Annual report of the Madras Medical College
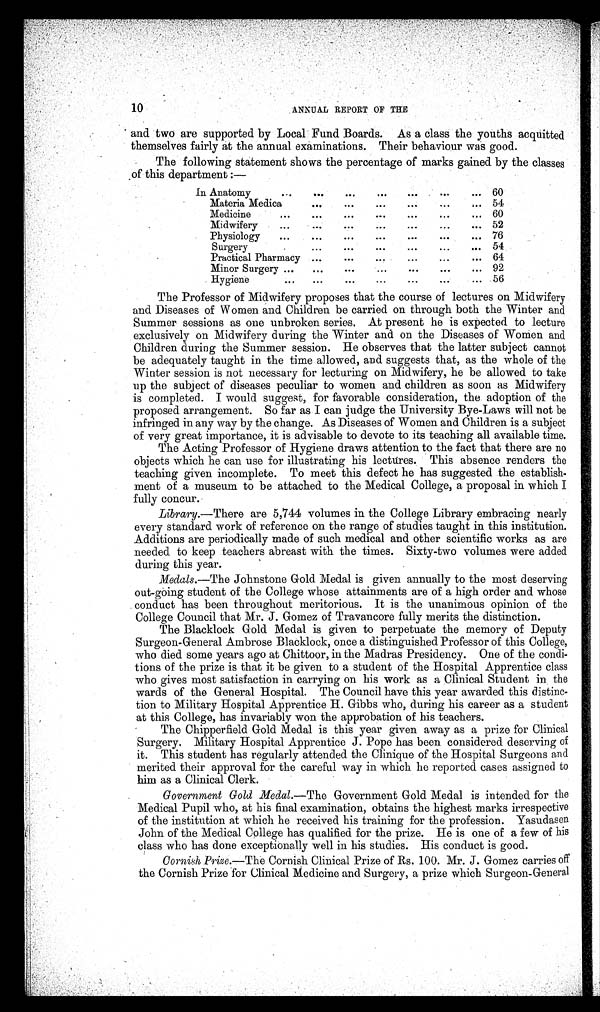
10
ANNUAL REPORT OF THE
and two are supported by Local Fund Boards. As a class the youths acquitted
themselves fairly at the annual examinations. Their behaviour was good.
The following statement shows the percentage of marks gained by the classes
of this department:—
In Anatomy
60
Materia Medica
54
Medicine
60
Midwifery
52
Physiology
76
Surgery
54
Practical Pharmacy
64
Minor Surgery
92
Hygiene
56
The Professor of Midwifery proposes that the course of lectures on Midwifery
and Diseases of Women and Children be carried on through both the Winter and
Summer sessions as one unbroken series. At present he is expected to lecture
exclusively on Midwifery during the Winter and on the Diseases of Women and
Children during the Summer session. He observes that the latter subject cannot
be adequately taught in the time allowed, and suggests that, as the whole of the
Winter session is not necessary for lecturing on Midwifery, he be allowed to take
up the subject of diseases peculiar to women and children as soon as Midwifery
is completed. I would suggest, for favorable consideration, the adoption of the
proposed arrangement. So far as I can judge the University Bye-Laws will not be
infringed in any way by the change. As Diseases of Women and Children is a subject
of very great importance, it is advisable to devote to its teaching all available time.
The Acting Professor of Hygiene draws attention to the fact that there are no
objects which he can use for illustrating his lectures. This absence renders the
teaching given incomplete. To meet this defect he has suggested the establish
ment of a museum to be attached to the Medical College, a proposal in which I
fully concur.
Library.—There are 5,744 volumes in the College Library embracing nearly
every standard work of reference on the range of studies taught in this institution.
Additions are periodically made of such medical and other scientific works as are
needed to keep teachers abreast with the times. Sixty-two volumes were added
during this year.
Medals.—The Johnstone Gold Medal is given annually to the most deserving
out-going student of the College whose attainments are of a high order and whose
conduct has been throughout meritorious. It is the unanimous opinion of the
College Council that Mr. J. Gomez of Travancore fully merits the distinction.
The Blacklock Gold Medal is given to perpetuate the memory of Deputy
Surgeon-General Ambrose Blacklock, once a distinguished Professor of this College,
who died some years ago at Chittoor, in the Madras Presidency. One of the condi
tions of the prize is that it be given to a student of the Hospital Apprentice class
who gives most satisfaction in carrying on his work as a Clinical Student in the
wards of the General Hospital. The Council have this year awarded this distinc
tion to Military Hospital Apprentice H. Gibbs who, during his career as a student
at this College, has invariably won the approbation of his teachers.
The Chipperfield Gold Medal is this year given away as a prize for Clinical
Surgery, Military Hospital Apprentice J. Pope has been considered deserving of
it. This student has regularly attended the Clinique of the Hospital Surgeons and
merited their approval for the careful way in which he reported cases assigned to
him as a Clinical Clerk.
Government Gold Medal.— The Government Gold Medal is intended for the
Medical Pupil who, at his final examination, obtains the highest marks irrespective
of the institution at which he received his training for the profession. Yasudasen
John of the Medical College has qualified for the prize. He is one of a few of his
class who has done exceptionally well in his studies. His conduct is good.
Cornish, Prize.—The Cornish Clinical Prize of Rs. 100. Mr. J. Gomez carries off
the Cornish Prize for Clinical Medicine and Surgery, a prize which Surgeon-General